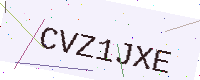
Text: CVZ1JXE